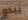
يبدو